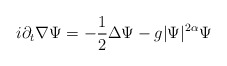
\begin{align*}i\partial _t\nabla\Psi =-\frac 12\Delta \Psi -g|\Psi |^{2\alpha }\Psi\end{align*}